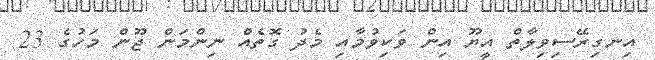
އިނގިރޭސިވިލާތް އީޔޫ އިން ވަކިވުމާއި މެދު ގޮތެއް ނިންމަން ޖޫން މަހުގެ 23